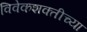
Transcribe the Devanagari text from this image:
विवेकशक्तीच्या